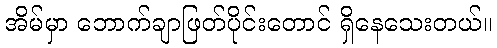
အိမ်မှာ ဘောက်ချာဖြတ်ပိုင်းတောင် ရှိနေသေးတယ်။